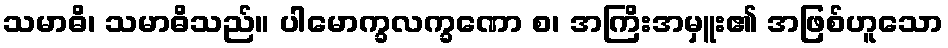
သမာဓိ၊ သမာဓိသည်။ ပါမောက္ခလက္ခဏော စ၊ အကြိးအမှူး၏ အဖြစ်ဟူသော